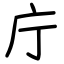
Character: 庁